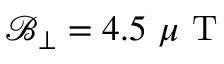
\mathcal { B } _ { \perp } = 4 . 5 ~ \mu \mathrm { ~ T ~ }